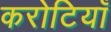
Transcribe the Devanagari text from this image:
करोटियाँ